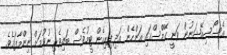
އެސޯސިއޭޝަނުން ވަނީ ގޭމްސްގައި އަންހެން އަދި ފިރިހެން ޓީމުވެސް ބައިވެރި ނުވުމަށް ނިންމާފައެވެ.